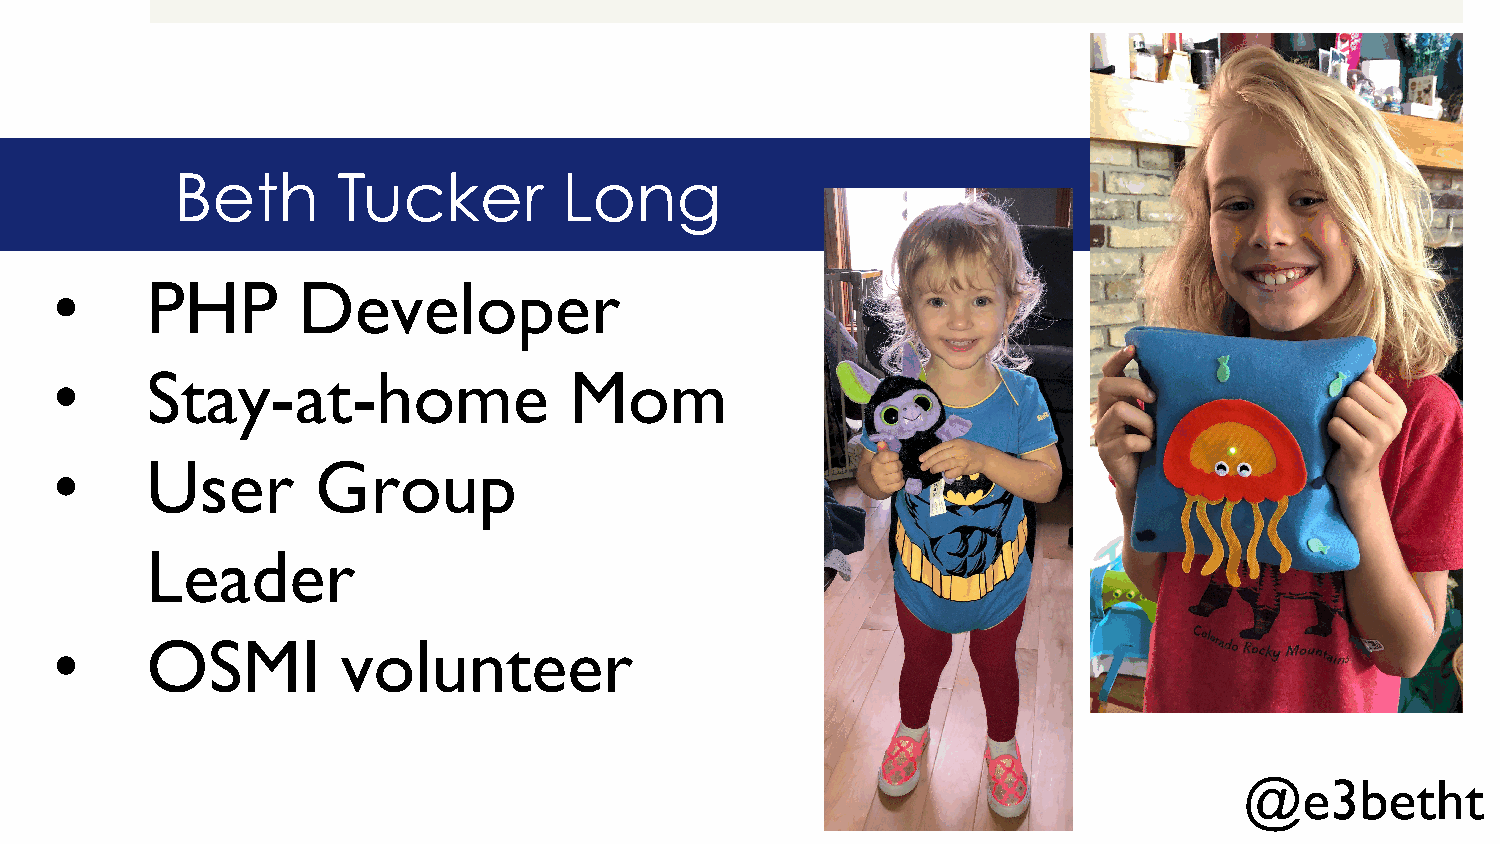
Beth      Tucker         Long
 •      PHP       Developer
 •      Stay-at-home                Mom
 •      User       Group
 Leader
 •      OSMI         volunteer
 @e3betht